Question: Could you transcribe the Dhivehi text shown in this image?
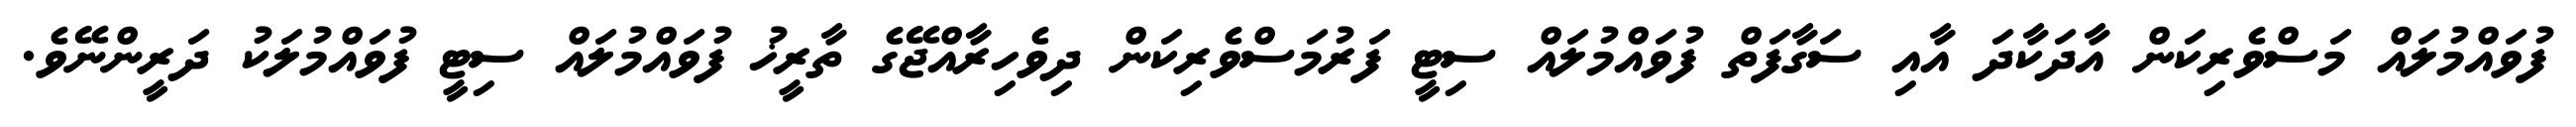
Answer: ފުވައްމުލައް މަސްވެރިކަން އާދަކާދަ އާއި ސަގާފަތް ފުވައްމުލައް ސިޓީ ފަރުމަސްވެރިކަން ދިވެހިރާއްޖޭގެ ތާރީޚު ފުވައްމުލައް ސިޓީ ފުވައްމުލަކު ދަރީންނޭވެ.